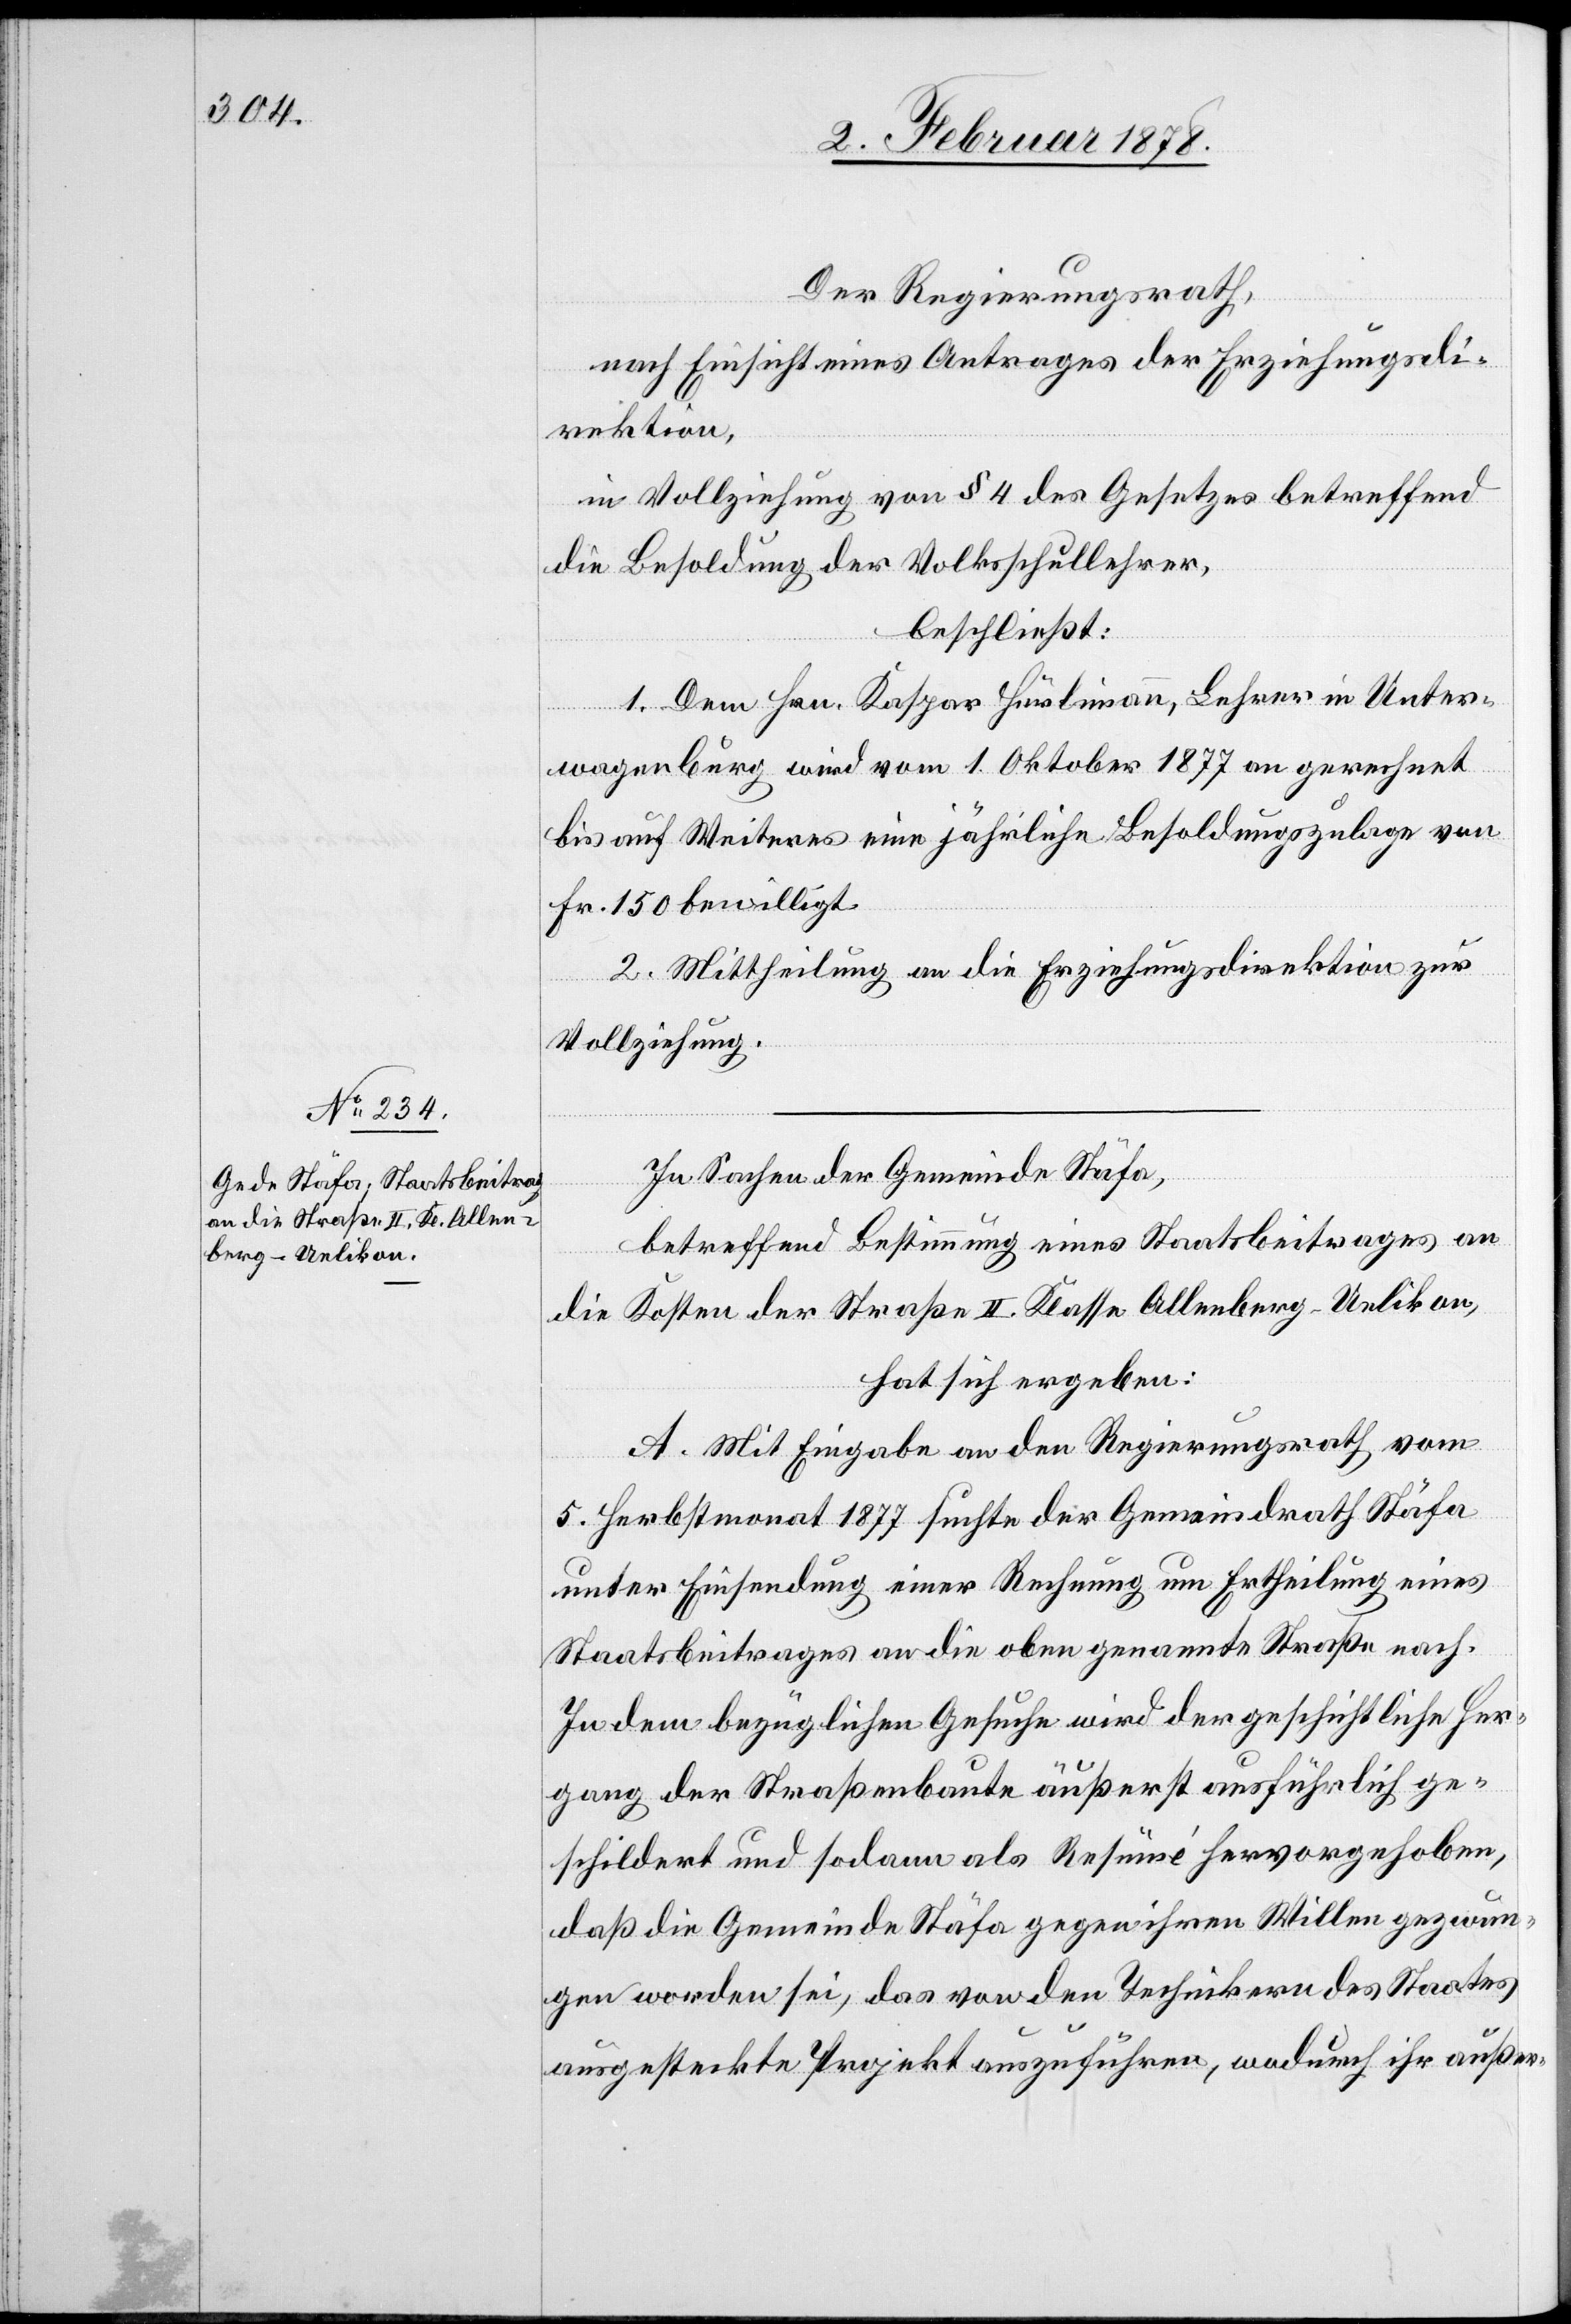
Der Regierungsrath,
nach Einsicht eines Antrages der Erziehungsdi¬
rektion,
in Vollziehung von § 4 des Gesetzes betreffend
die Besoldung der Volksschullehrer,
beschließt:
1. Dem Hrn. Kaspar Hürlimann, Lehrer in Unter¬
wagenburg wird vom 1. Oktober 1877 an gerechnet
bis auf Weiteres eine jährliche Besoldungszulage von
Fr. 150 bewilligt.
2. Mittheilung an die Erziehungsdirektion zur
Vollziehung.
In Sachen der Gemeinde Stäfa,
betreffend Bestimmung eines Staatsbeitrages an
die Kosten der Straße II. Klasse Allenberg–Uelikon,
hat sich ergeben:
A. Mit Eingabe an den Regierungsrath vom
5. Herbstmonat 1877 suchte der Gemeindrath Stäfa
unter Einsendung einer Rechnung um Ertheilung eines
Staatsbeitrages an die oben genannte Straße nach.
In dem bezüglichen Gesuche wird der geschichtliche Her¬
gang der Straßenbaute äußerst ausführlich ge¬
schildert und sodann als Resümé hervorgehoben,
daß die Gemeinde Stäfa gegen ihren Willen gezwun¬
gen worden sei, das von den Technikern des Staates
ausgesteckte Projekt auszuführen, wodurch ihr außer-